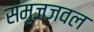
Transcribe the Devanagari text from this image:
समुज्जवल